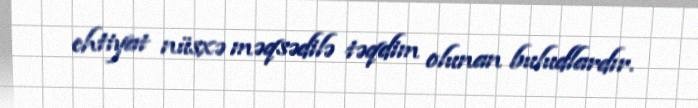
ehtiyat nüsxə məqsədilə təqdim olunan buludlardır.